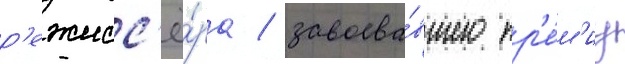
р'ежисс'ё́ра / завоева́вшего пр'е́м'иу